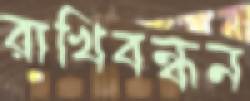
রাখিবন্ধন